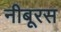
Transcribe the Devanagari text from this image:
नीबूरस